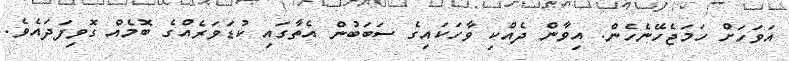
އަވަހަށް ހަމަޖެހޭނެހެން. އިވާން ދެއްކި ވާހަކައިގެ ސަބަބުން އެތާގައި ކުޑަވަރެއްގެ ބޮމެއް ގޮވިފަދައެވެ.